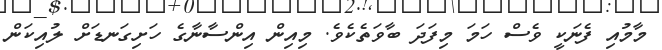
މާމުއި ފެނަކީ ވެސް ހަމަ މިފަދަ ބާވަތެކެވެ. މިއިން އިންސާނާގެ ހަށިގަނޑަށް ލުއިކަން